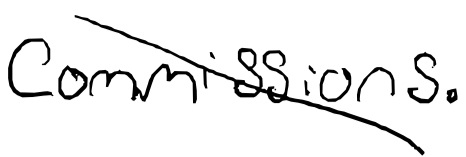
Text: commissions.
Cross-out: diagonal
Writing tool: digital_black